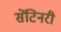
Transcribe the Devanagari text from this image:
सेंटिनरी